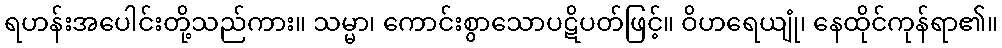
ရဟန်းအပေါင်းတို့သည်ကား။ သမ္မာ၊ ကောင်းစွာသောပဋိပတ်ဖြင့်။ ဝိဟရေယျုံ၊ နေထိုင်ကုန်ရာ၏။